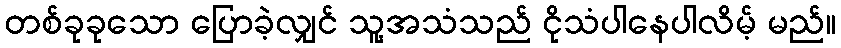
တစ်ခုခုသော ပြောခဲ့လျှင် သူ့အသံသည် ငိုသံပါနေပါလိမ့် မည်။